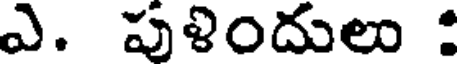
ఎ. పుళిందులు :